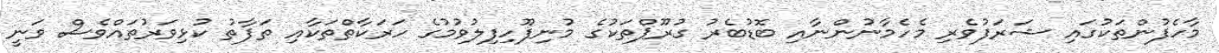
މާހެފުންތަކުގައި ޝަރަފުވެރި މެހެމާނުންނާއި ބޮޑުބެރު ގުރޫޕްތަކުގެ މުނިފޫހިފިލުވުމުގެ ހަރަކާތްތަކާއި ތަފާތު ކުޅިވަރުތައްވެސް ވަނީ